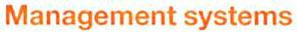
Management systems